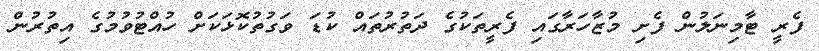
ފެރީ ޓާމިނަލުން ފެށި މުޒާހަރާގައި ފެރީތަކުގެ ދަތުރުތައް ކުޑަ ވަގުތުކޮޅަކަށް ހުއްޓުވުމުގެ އިތުރުން